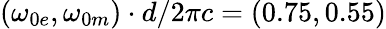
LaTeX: (\omega_{0e},\omega_{0m})\cdot d/2\pi c=(0.75,0.55)